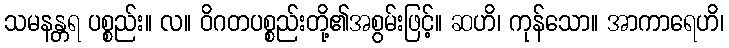
သမနန္တရ ပစ္စည်း။ လ။ ဝိဂတပစ္စည်းတို့၏အစွမ်းဖြင့်။ ဆဟိ၊ ကုန်သော။ အာကာရေဟိ၊